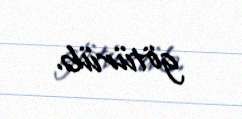
götürüb.